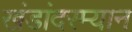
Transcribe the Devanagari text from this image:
खंडांदरम्यान